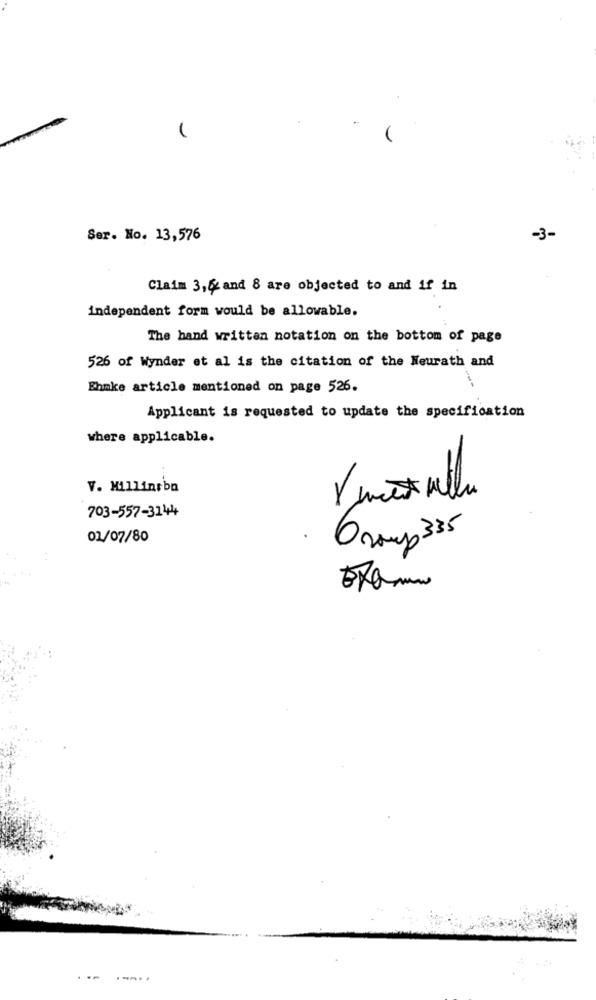
Ser. No. 13,576
-3-
Claim 3,62 and 8 are objected to and if in
independent form would be allowable.
The hand written notation on the bottom of page
526 of Wynder et al is the citation of the Neurath and
Ehmke article mentioned on page 526.
Applicant is requested to update the specification
where applicable.
V. Millinrbn
703-557-3144
01/07/80
Ossp 335
Examin